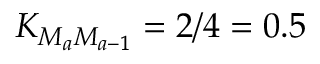
K _ { M _ { a } M _ { a - 1 } } = 2 / 4 = 0 . 5